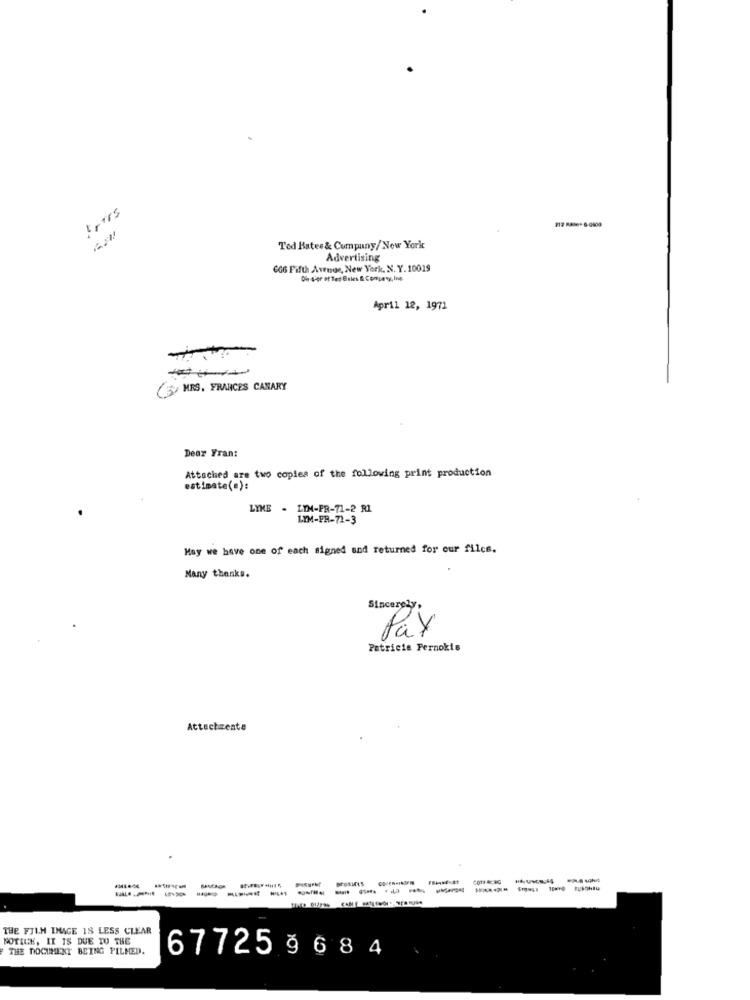
trois
Ted Hates& Company/ New York
Advertising
6GG Fifth Avenoe, New York, N. Y.10019
Di der ot Tes Entes & Company, Ing
April 12, 1971
(5/ MES, FRANCES CANARY
Dear Yran:
Attached are two copies of the following print production
estimate(e):
LYNE - LYM-FR-71-2 R1
LYM-FR-71-3
May we have one of each signed and returned for our files.
Many thanks.
Sincerely,
Pay
Patricia Fernokis
Attachments
COTS &c&G
THE FILM IMAGE 18 LESS CLEAR
NOTICE, IT IS DUE TO THE
THE DOCUMENT BEING PILMED.
67725 9684